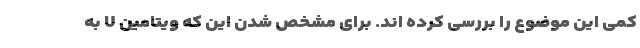
کمی این موضوع را بررسی کرده اند. برای مشخص شدن این که ویتامین U به